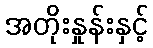
အတိုးနှုန်းနှင့်